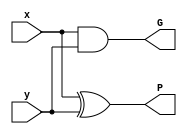
`timescale 1 ns / 1 ps
//////////////////////////////////////////////////////////////////////////////////
// Design Name   : Arithmetic Logical Unit
// Module Name   : ALU
// Target Devices: Nexys4 DDR FPGA
// Tool Versions : Vivado 2020.2
// Description   : ALU performs addition, subtraction, multiplication, AND, OR, NOT,XOR and NOP based on 8-bit Kogge-Stone Adder
//////////////////////////////////////////////////////////////////////////////////
module PreProcessingGP (input x,input y,output G,output P);
    assign G = (x & y);
    assign P = (x ^ y);
endmodule
module GrayCell (input Gikp1,input Pikp1,input Gkj,output Gij);
    assign Gij = (Gikp1 | (Pikp1 & Gkj));
endmodule
module BlackCell (input Gikp1,input Pikp1,input Gkj,input Pkj,output Gij,output Pij);
    assign Gij = (Gikp1 | (Pikp1 & Gkj));
    assign Pij = (Pikp1 & Pkj);
endmodule
module EightBitKoggeStoneAdder (input [7:0] A,input [7:0] B,input Cin,output Cout,output [7:0] S,output overflowFlag);
    wire [7:0] G0, P0, G1, P1, G2, P2, G3, P3;
    // preprocessing layer
    PreProcessingGP GP0 (A[0], B[0], G0[0], P0[0]);
    PreProcessingGP GP1 (A[1], B[1], G0[1], P0[1]);
    PreProcessingGP GP2 (A[2], B[2], G0[2], P0[2]);
    PreProcessingGP GP3 (A[3], B[3], G0[3], P0[3]);
    PreProcessingGP GP4 (A[4], B[4], G0[4], P0[4]);
    PreProcessingGP GP5 (A[5], B[5], G0[5], P0[5]);
    PreProcessingGP GP6 (A[6], B[6], G0[6], P0[6]);
    PreProcessingGP GP7 (A[7], B[7], G0[7], P0[7]);
    // carry lookahead - layer 1
    GrayCell GC10 (G0[0], P0[0], Cin, G1[0]);
    BlackCell BC11 (G0[1], P0[1], G0[0], P0[0], G1[1], P1[1]);
    BlackCell BC12 (G0[2], P0[2], G0[1], P0[1], G1[2], P1[2]);
    BlackCell BC13 (G0[3], P0[3], G0[2], P0[2], G1[3], P1[3]);
    BlackCell BC14 (G0[4], P0[4], G0[3], P0[3], G1[4], P1[4]);
    BlackCell BC15 (G0[5], P0[5], G0[4], P0[4], G1[5], P1[5]);
    BlackCell BC16 (G0[6], P0[6], G0[5], P0[5], G1[6], P1[6]);
    BlackCell BC17 (G0[7], P0[7], G0[6], P0[6], G1[7], P1[7]);
    // carry lookahead - layer 2
    GrayCell GC21 (G1[1], P1[1], Cin, G2[1]);
    GrayCell GC22 (G1[2], P1[2], G1[0], G2[2]);
    BlackCell BC23 (G1[3], P1[3], G1[1], P1[1], G2[3], P2[3]);
    BlackCell BC24 (G1[4], P1[4], G1[2], P1[2], G2[4], P2[4]);
    BlackCell BC25 (G1[5], P1[5], G1[3], P1[3], G2[5], P2[5]);
    BlackCell BC26 (G1[6], P1[6], G1[4], P1[4], G2[6], P2[6]);
    BlackCell BC27 (G1[7], P1[7], G1[5], P1[5], G2[7], P2[7]);
    // carry lookahead - layer 3
    GrayCell GC33 (G2[3], P2[3], Cin, G3[3]);
    GrayCell GC34 (G2[4], P2[4], G1[0], G3[4]);
    GrayCell GC35 (G2[5], P2[5], G2[1], G3[5]);
    GrayCell GC36 (G2[6], P2[6], G2[2], G3[6]);
    BlackCell BC37 (G2[7], P2[7], G2[3], P2[3], G3[7], P3[7]);
    // carry lookahead - layer 4
    GrayCell GC47 (G3[7], P3[7], Cin, Cout);
    // post-processing - sum bits
    assign S[0] = (Cin ^ P0[0]);
    assign S[1] = (G1[0] ^ P0[1]);
    assign S[2] = (G2[1] ^ P0[2]);
    assign S[3] = (G2[2] ^ P0[3]);
    assign S[4] = (G3[3] ^ P0[4]);
    assign S[5] = (G3[4] ^ P0[5]);
    assign S[6] = (G3[5] ^ P0[6]);
    assign S[7] = (G3[6] ^ P0[7]);
    // overflow flag
    assign overflowFlag = (G3[6] ^ Cout);
endmodule
module Adder16Bit (input [15:0] A,input [15:0] B,input Cin,output Cout,output [15:0] O,output overflowFlag);
    wire C_i;
    wire dummyOverflow;
    EightBitKoggeStoneAdder A1 (A[7:0], B[7:0], Cin, C_i, O[7:0], dummyOverflow);
    EightBitKoggeStoneAdder A2 (A[15:8], B[15:8], C_i, Cout, O[15:8], overflowFlag);
endmodule
module ALU (input [7:0] A,input [7:0] B,input [2:0] S,output reg [15:0] O,output reg zeroFlag,output reg carryFlag,output reg signFlag,output reg overflowFlag);
    parameter [2:0] Addition = 3'b000,Subtraction = 3'b001,Multiplication = 3'b010,AND = 3'b011,OR = 3'b100,NOT = 3'b101,XOR = 3'b110;
    wire carryFlag_A, overflowFlag_A, carryFlag_S, overflowFlag_S;
    wire [7:0] Add, Sub;
    wire [7:0] Ap_i, Bp_i;
    wire [7:0] Ap, Bp;
    wire [7:0] And, Or, Not, Xor;
    wire sign;
    wire dummyA, dummyB, dummyC, dummyD, dummyE, dummyF, dummyG, dummyH, dummyI, dummyJ;
    wire dummyA1, dummyB1, dummyC1, dummyD1, dummyE1, dummyF1, dummyG1, dummyH1, dummyI1, dummyJ1;
    wire [15:0] Mul, MulA, MulB, MulC, MulD, MulE, MulF, MulG, MulH, MulI;
    EightBitKoggeStoneAdder MA (A, B, 1'b0, carryFlag_A, Add, overflowFlag_A);
    EightBitKoggeStoneAdder MS1 ((~B), 8'd0, 1'b1, dummyB, Bp_i, dummyB1);
    EightBitKoggeStoneAdder MS2 (A, Bp_i, 1'b0, carryFlag_S, Sub, overflowFlag_S);
    EightBitKoggeStoneAdder MM1 ((~A), 8'd0, 1'b1, dummyA, Ap_i, dummyA1);
    assign sign = (A[7] ^ B[7]);
    assign Ap = (({8{A[7]}} & Ap_i) | (({8{~A[7]}}) & A));
    assign Bp = (({8{B[7]}} & Bp_i) | (({8{~B[7]}}) & B));
    assign MulA = {8'd0, ({8{Ap[0]}} & Bp)};
    Adder16Bit MM2 (MulA, {7'd0, ({8{Ap[1]}} & Bp), 1'b0}, 1'b0, dummyC, MulB, dummyC1);
    Adder16Bit MM3 (MulB, {6'd0, ({8{Ap[2]}} & Bp), 2'd0}, 1'b0, dummyD, MulC, dummyD1);
    Adder16Bit MM4 (MulC, {5'd0, ({8{Ap[3]}} & Bp), 3'd0}, 1'b0, dummyE, MulD, dummyE1);
    Adder16Bit MM5 (MulD, {4'd0, ({8{Ap[4]}} & Bp), 4'd0}, 1'b0, dummyF, MulE, dummyF1);
    Adder16Bit MM6 (MulE, {3'd0, ({8{Ap[5]}} & Bp), 5'd0}, 1'b0, dummyG, MulF, dummyG1);
    Adder16Bit MM7 (MulF, {2'd0, ({8{Ap[6]}} & Bp), 6'd0}, 1'b0, dummyH, MulG, dummyH1);
    Adder16Bit MM8 (MulG, {1'b0, ({8{Ap[7]}} & Bp), 7'd0}, 1'b0, dummyI, MulH, dummyI1);
    Adder16Bit MM9 ((~MulH), 16'd0, 1'b1, dummyJ, MulI, dummyJ1);
    assign Mul = (({16{sign}} & {1'b0, MulI[14:0]}) | (({16{~sign}}) & MulH));
    assign And = {8'd0, (A & B)};
    assign Or = {8'd0, (A | B)};
    assign Not = {8'd0, (~A)};
    assign Xor = {8'd0, (A ^ B)};
    always @ (*)
        begin
            case (S)
                Addition:
                    begin
                        O = {8'd0, Add};
                        zeroFlag = (~|Add);
                        carryFlag = carryFlag_A;
                        signFlag = Add[7];
                        overflowFlag = overflowFlag_A;
                    end
                Subtraction:
                    begin
                        O = {8'd0, Sub};
                        zeroFlag = (~|Sub);
                        carryFlag = carryFlag_S;
                        signFlag = Sub[7];
                        overflowFlag = overflowFlag_S;
                    end
                Multiplication:
                    begin
                        O = Mul;
                        zeroFlag = (~|Mul);
                        carryFlag = 1'b0;
                        signFlag = Mul[14];
                        overflowFlag = 1'b0;
                    end
                AND:
                    begin
                        O = And;
                        zeroFlag = (~|And);
                        carryFlag = 1'b0;
                        signFlag = And[7];
                        overflowFlag = 1'b0;
                    end
                OR:
                    begin
                        O = Or;
                        zeroFlag = (~|Or);
                        carryFlag = 1'b0;
                        signFlag = Or[7];
                        overflowFlag = 1'b0;
                    end
                NOT:
                    begin
                        O = Not;
                        zeroFlag = (~|Not);
                        carryFlag = 1'b0;
                        signFlag = Not[7];
                        overflowFlag = 1'b0;
                    end
                XOR:
                    begin
                        O = Xor;
                        zeroFlag = (~|Xor);
                        carryFlag = 1'b0;
                        signFlag = Xor[7];
                        overflowFlag = 1'b0;
                    end
                default:
                    begin
                        O = 16'd0;
                        zeroFlag = 1'b0;
                        carryFlag = 1'b0;
                        signFlag = 1'b0;
                        overflowFlag = 1'b0;
                    end
            endcase
        end
endmodule